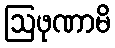
ဩဖုဏာမိ